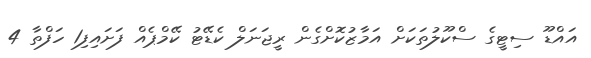
އައްޑޫ ސިޓީގެ ސްކޫލުތަކަށް އަމާޒުކޮށްގެން ރީޖަނަލް ކެޑޭޓު ކޭމްޕެއް ފަށައިފި1 ހަފްތާ 4